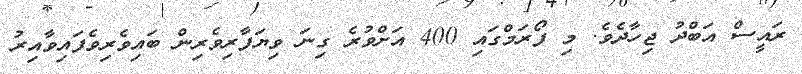
ރައީސް އަބްދު ޖިހާދެވެ. މި ފޯރަމްގައި 400 އަށްވުރެ ގިނަ ވިޔަފާރިވެރިން ބައިވެރިވެފައިވާއިރު